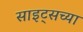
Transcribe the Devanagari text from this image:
साइट्‌सच्या